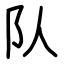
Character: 队